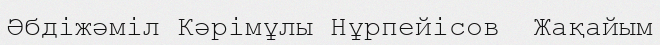
Әбдіжәміл Кәрімұлы Нұрпейісов  Жақайым